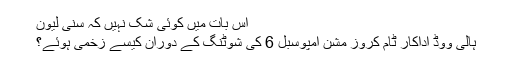
اس بات میں کوئی شک نہیں کہ سنی لیون
ہالی ووڈ اداکار ٹام کروز مشن امپوسبل 6 کی شوٹنگ کے دوران کیسے زخمی ہوئے؟